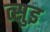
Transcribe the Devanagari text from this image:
त्सुइ